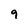
Character: 9